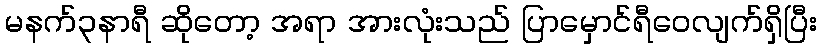
မနက်၃နာရီ ဆိုတော့ အရာ အားလုံးသည် ပြာမှောင်ရီဝေလျက်ရှိပြီး